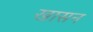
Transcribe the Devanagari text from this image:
खासन